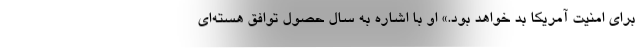
برای امنیت آمریکا بد خواهد بود.» او با اشاره به سال حصول توافق هسته‌ای